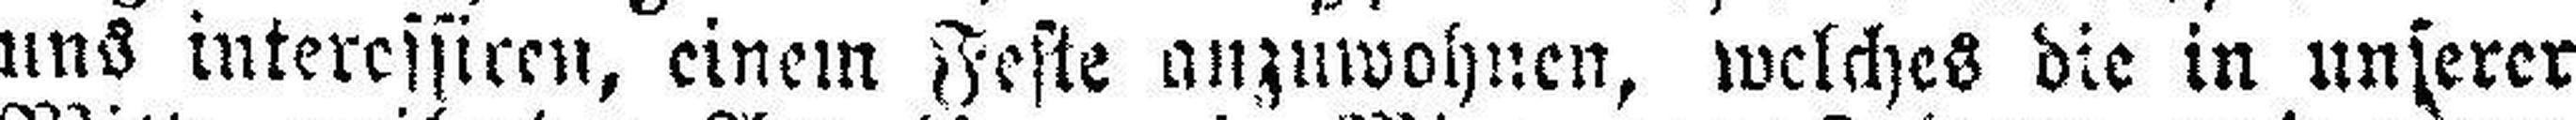
uns interessiren, einem Feste auzuwohnen, welches die in unserer